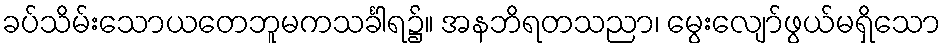
ခပ်သိမ်းသောယတေဘူမကသင်္ခါရ၌။ အနဘိရတသညာ၊ မွေးလျော်ဖွယ်မရှိသော